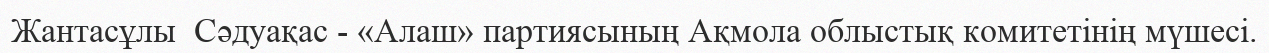
Жантасұлы  Сәдуақас - «Алаш» партиясының Ақмола облыстық комитетінің мүшесі.